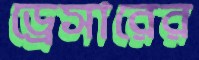
ড্রেসারের